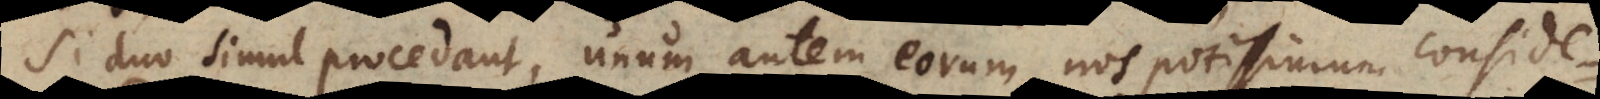
Si duo simul procedant, unum autem eorum nos potissimum conside